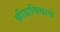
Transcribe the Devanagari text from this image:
क्रीडाविश्वाचे